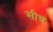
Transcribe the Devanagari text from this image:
सीच